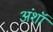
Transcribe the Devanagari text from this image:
अंशॉ